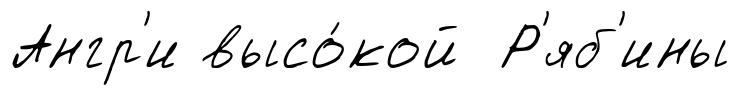
Ангр'и высо́кой Р'яб'ины